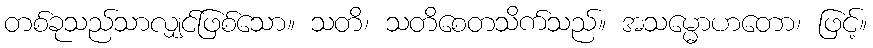
တစ်ခုသည်သာလျှင်ဖြစ်သော။ သတိ၊ သတိစေတသိက်သည်။ အသမ္မောဟတော၊ ဖြင့်။